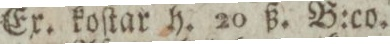
Ex. koſtar h. 20 ß. B:co.